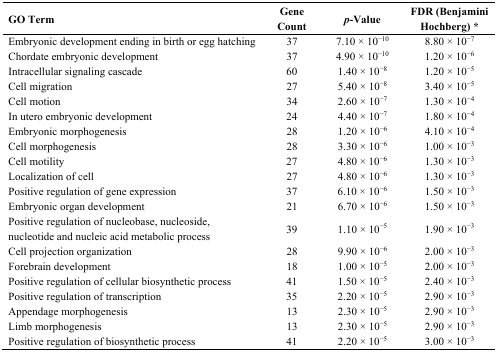
| GO Term | Gene Count | p-Value | FDR (Benjamini Hochberg) * |
 | --- | --- | --- | --- |
 | Embryonic development ending in birth or egg hatching | 37 | 7.10 × 10−10 | 8.80 × 10−7 |
 | Chordate embryonic development | 37 | 4.90 × 10−10 | 1.20 × 10−6 |
 | Intracellular signaling cascade | 60 | 1.40 × 10−8 | 1.20 × 10−5 |
 | Cell migration | 27 | 5.40 × 10−8 | 3.40 × 10−5 |
 | Cell motion | 34 | 2.60 × 10−7 | 1.30 × 10−4 |
 | In utero embryonic development | 24 | 4.40 × 10−7 | 1.80 × 10−4 |
 | Embryonic morphogenesis | 28 | 1.20 × 10−6 | 4.10 × 10−4 |
 | Cell morphogenesis | 28 | 3.30 × 10−6 | 1.00 × 10−3 |
 | Cell motility | 27 | 4.80 × 10−6 | 1.30 × 10−3 |
 | Localization of cell | 27 | 4.80 × 10−6 | 1.30 × 10−3 |
 | Positive regulation of gene expression | 37 | 6.10 × 10−6 | 1.50 × 10−3 |
 | Embryonic organ development | 21 | 6.70 × 10−6 | 1.50 × 10−3 |
 | Positive regulation of nucleobase, nucleoside, nucleotide and nucleic acid metabolic process | 39 | 1.10 × 10−5 | 1.90 × 10−3 |
 | Cell projection organization | 28 | 9.90 × 10−6 | 2.00 × 10−3 |
 | Forebrain development | 18 | 1.00 × 10−5 | 2.00 × 10−3 |
 | Positive regulation of cellular biosynthetic process | 41 | 1.50 × 10−5 | 2.40 × 10−3 |
 | Positive regulation of transcription | 35 | 2.20 × 10−5 | 2.90 × 10−3 |
 | Appendage morphogenesis | 13 | 2.30 × 10−5 | 2.90 × 10−3 |
 | Limb morphogenesis | 13 | 2.30 × 10−5 | 2.90 × 10−3 |
 | Positive regulation of biosynthetic process | 41 | 2.20 × 10−5 | 3.00 × 10−3 |